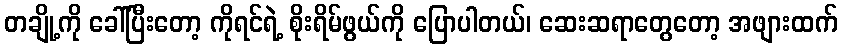
တချို့ကို ခေါ်ပြီးတော့ ကိုရင်ရဲ့ စိုးရိမ်ဖွယ်ကို ပြောပါတယ်၊ ဆေးဆရာတွေတော့ အဖျားထက်